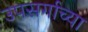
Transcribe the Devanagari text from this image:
उपसर्गाच्या